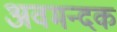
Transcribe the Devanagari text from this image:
अवमन्दक